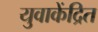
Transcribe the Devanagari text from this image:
युवाकेंद्रित